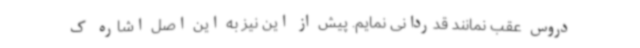
دروس عقب نمانند قدردانی نمایم. پیش‌ از این نیز به این اصل اشاره ک